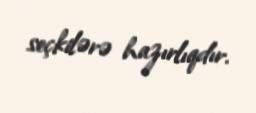
seçkilərə hazırlıqdır.